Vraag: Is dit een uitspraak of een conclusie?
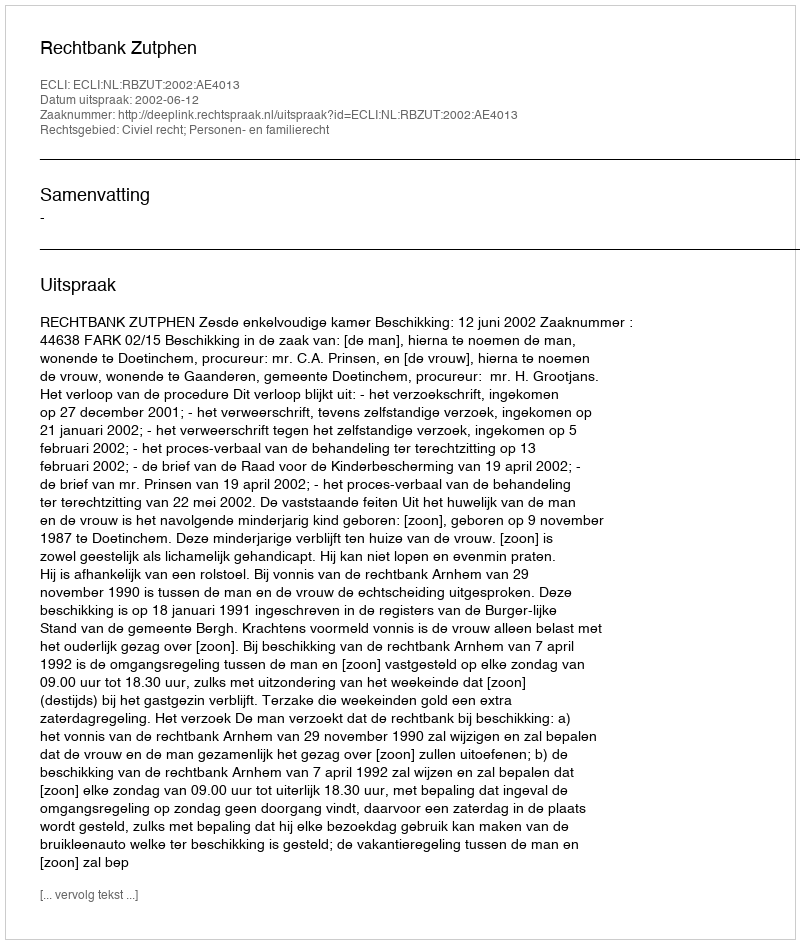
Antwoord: Uitspraak